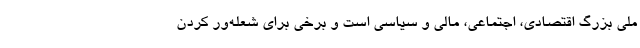
ملی بزرگ اقتصادی، اجتماعی، مالی و سیاسی است و برخی برای شعله‌ور کردن